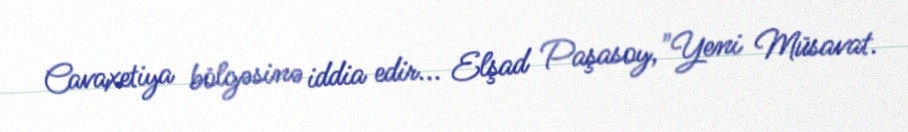
Cavaxetiya bölgəsinə iddia edir... Elşad Paşasoy,"Yeni Müsavat.